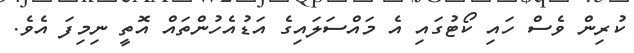
ކުރިން ވެސް ހައި ކޯޓުގައި އެ މައްސަލައިގެ އަޑުއެހުންތައް އޮތީ ނިމިފަ އެވެ.